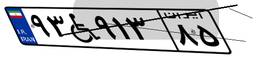
۵۰W۴۴۳۰۲